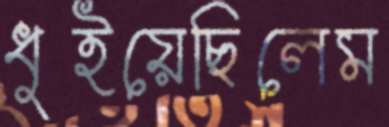
ধুইয়েছিলেম